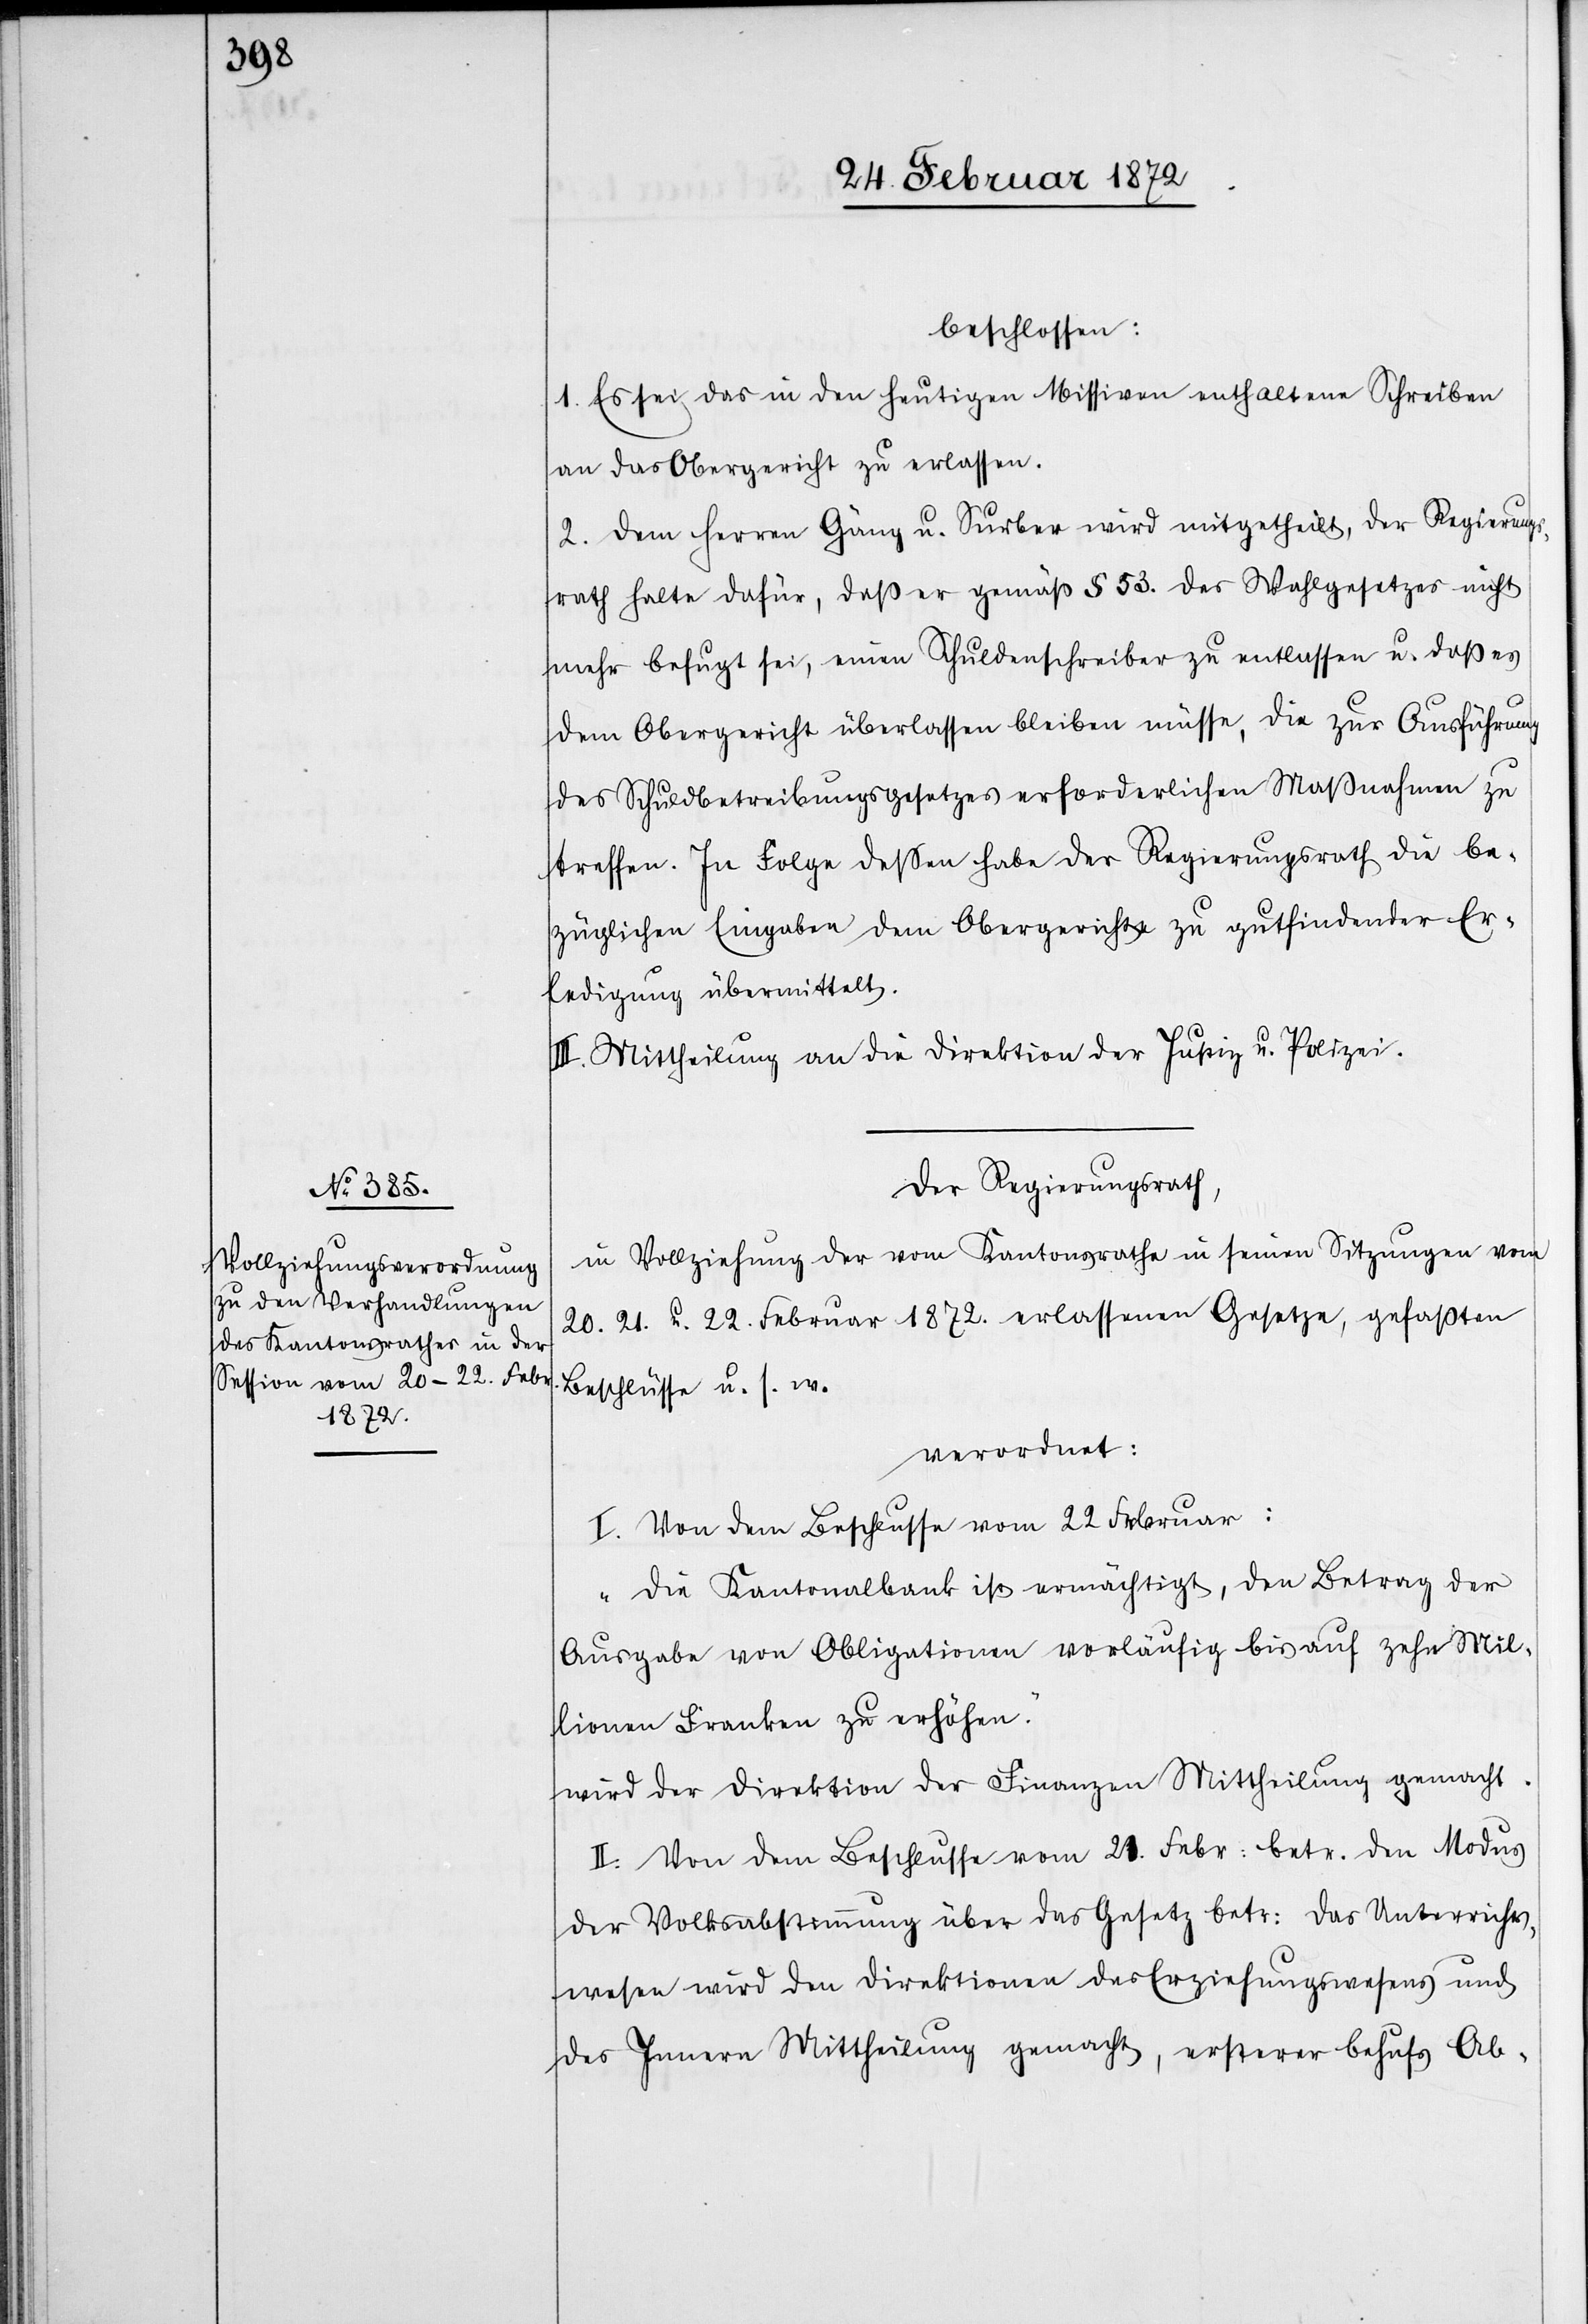
beschlossen:
1. Es sei das in den heutigen Missiven enthaltene Schreiben
an das Obergericht zu erlassen.
2. Dem Herren Gäng u. Surber wird mitgetheilt, der Regierungs¬
rath halte dafür, daß er gemäß § 53. des Wahlgesetzes nicht
mehr befugt sei, einen Schuldenschreiber zu entlassen u. daß es
dem Obergericht überlassen bleiben müsse, die zur Ausführung
des Schuldbetreibungsgesetzes erforderlichen Maßnahmen zu
treffen. In Folge dessen habe der Regierungsrath die be¬
züglichen Eingaben dem Obergericht zu gutfindender Er¬
ledigung übermittelt.
3. Mittheilung an die Direktion der Justiz u. Polizei.
Der Regierungsrath,
in Vollziehung der vom Kantonsrathe in seinen Sitzungen vom
20.[,] 21. u. 22. Februar 1872. erlassenen Gesetze, gefaßten
Beschlüsse u. s. w.
verordnet:
I. Von dem Beschlusse vom 22 Februar:
„Die Kantonalbank ist ermächtigt, den Betrag der
Ausgabe von Obligationen vorläufig bis auf zehn Mil¬
lionen Franken zu erhöhen.“
wird der Direktion der Finanzen Mittheilung gemacht.
II. Von dem Beschlusse vom 2[2?] Febr. betr. den Modus
der Volkabstimmung über das Gesetz betr. das Unterrichts¬
wesen wird den Direktionen des Erziehungswesens und
des Innern Mittheilung gemacht, ersterer behufs Ab-